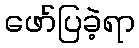
ဖော်ပြခဲ့ရာ